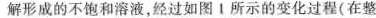
解形成的不饱和溶液，经过如图Ⅰ所示的变化过程(在整